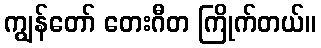
ကျွန်တော် တေးဂီတ ကြိုက်တယ်။